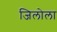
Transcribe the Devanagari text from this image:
जिलोला